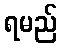
ရမည်